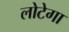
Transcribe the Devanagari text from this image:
लोटेगा